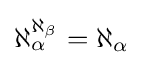
\aleph _{\alpha }^{\aleph _{\beta }}=\aleph _{\alpha }